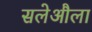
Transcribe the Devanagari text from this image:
सलेऔला